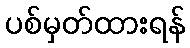
ပစ်မှတ်ထားရန်